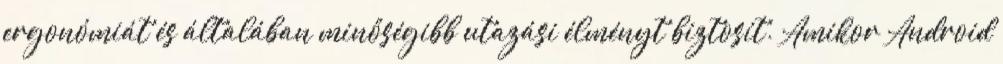
ergonómiát és általában minőségibb utazási élményt biztosít. Amikor Android